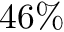
4 6 \%